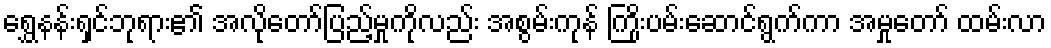
ရွှေနန်းရှင်ဘုရား၏ အလိုတော်ပြည့်မှုကိုလည်း အစွမ်းကုန် ကြိုးပမ်းဆောင်ရွက်ကာ အမှုတော် ထမ်းလာ